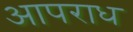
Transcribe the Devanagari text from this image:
आपराध